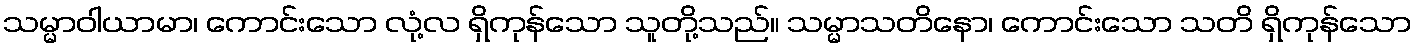
သမ္မာဝါယာမာ၊ ကောင်းသော လုံ့လ ရှိကုန်သော သူတို့သည်။ သမ္မာသတိနော၊ ကောင်းသော သတိ ရှိကုန်သော